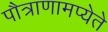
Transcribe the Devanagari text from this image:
पौत्राणामप्येते